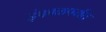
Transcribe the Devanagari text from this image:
इंफाळपर्यंत